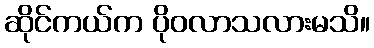
ဆိုင်ကယ်က ပိုဝလာသလားမသိ။